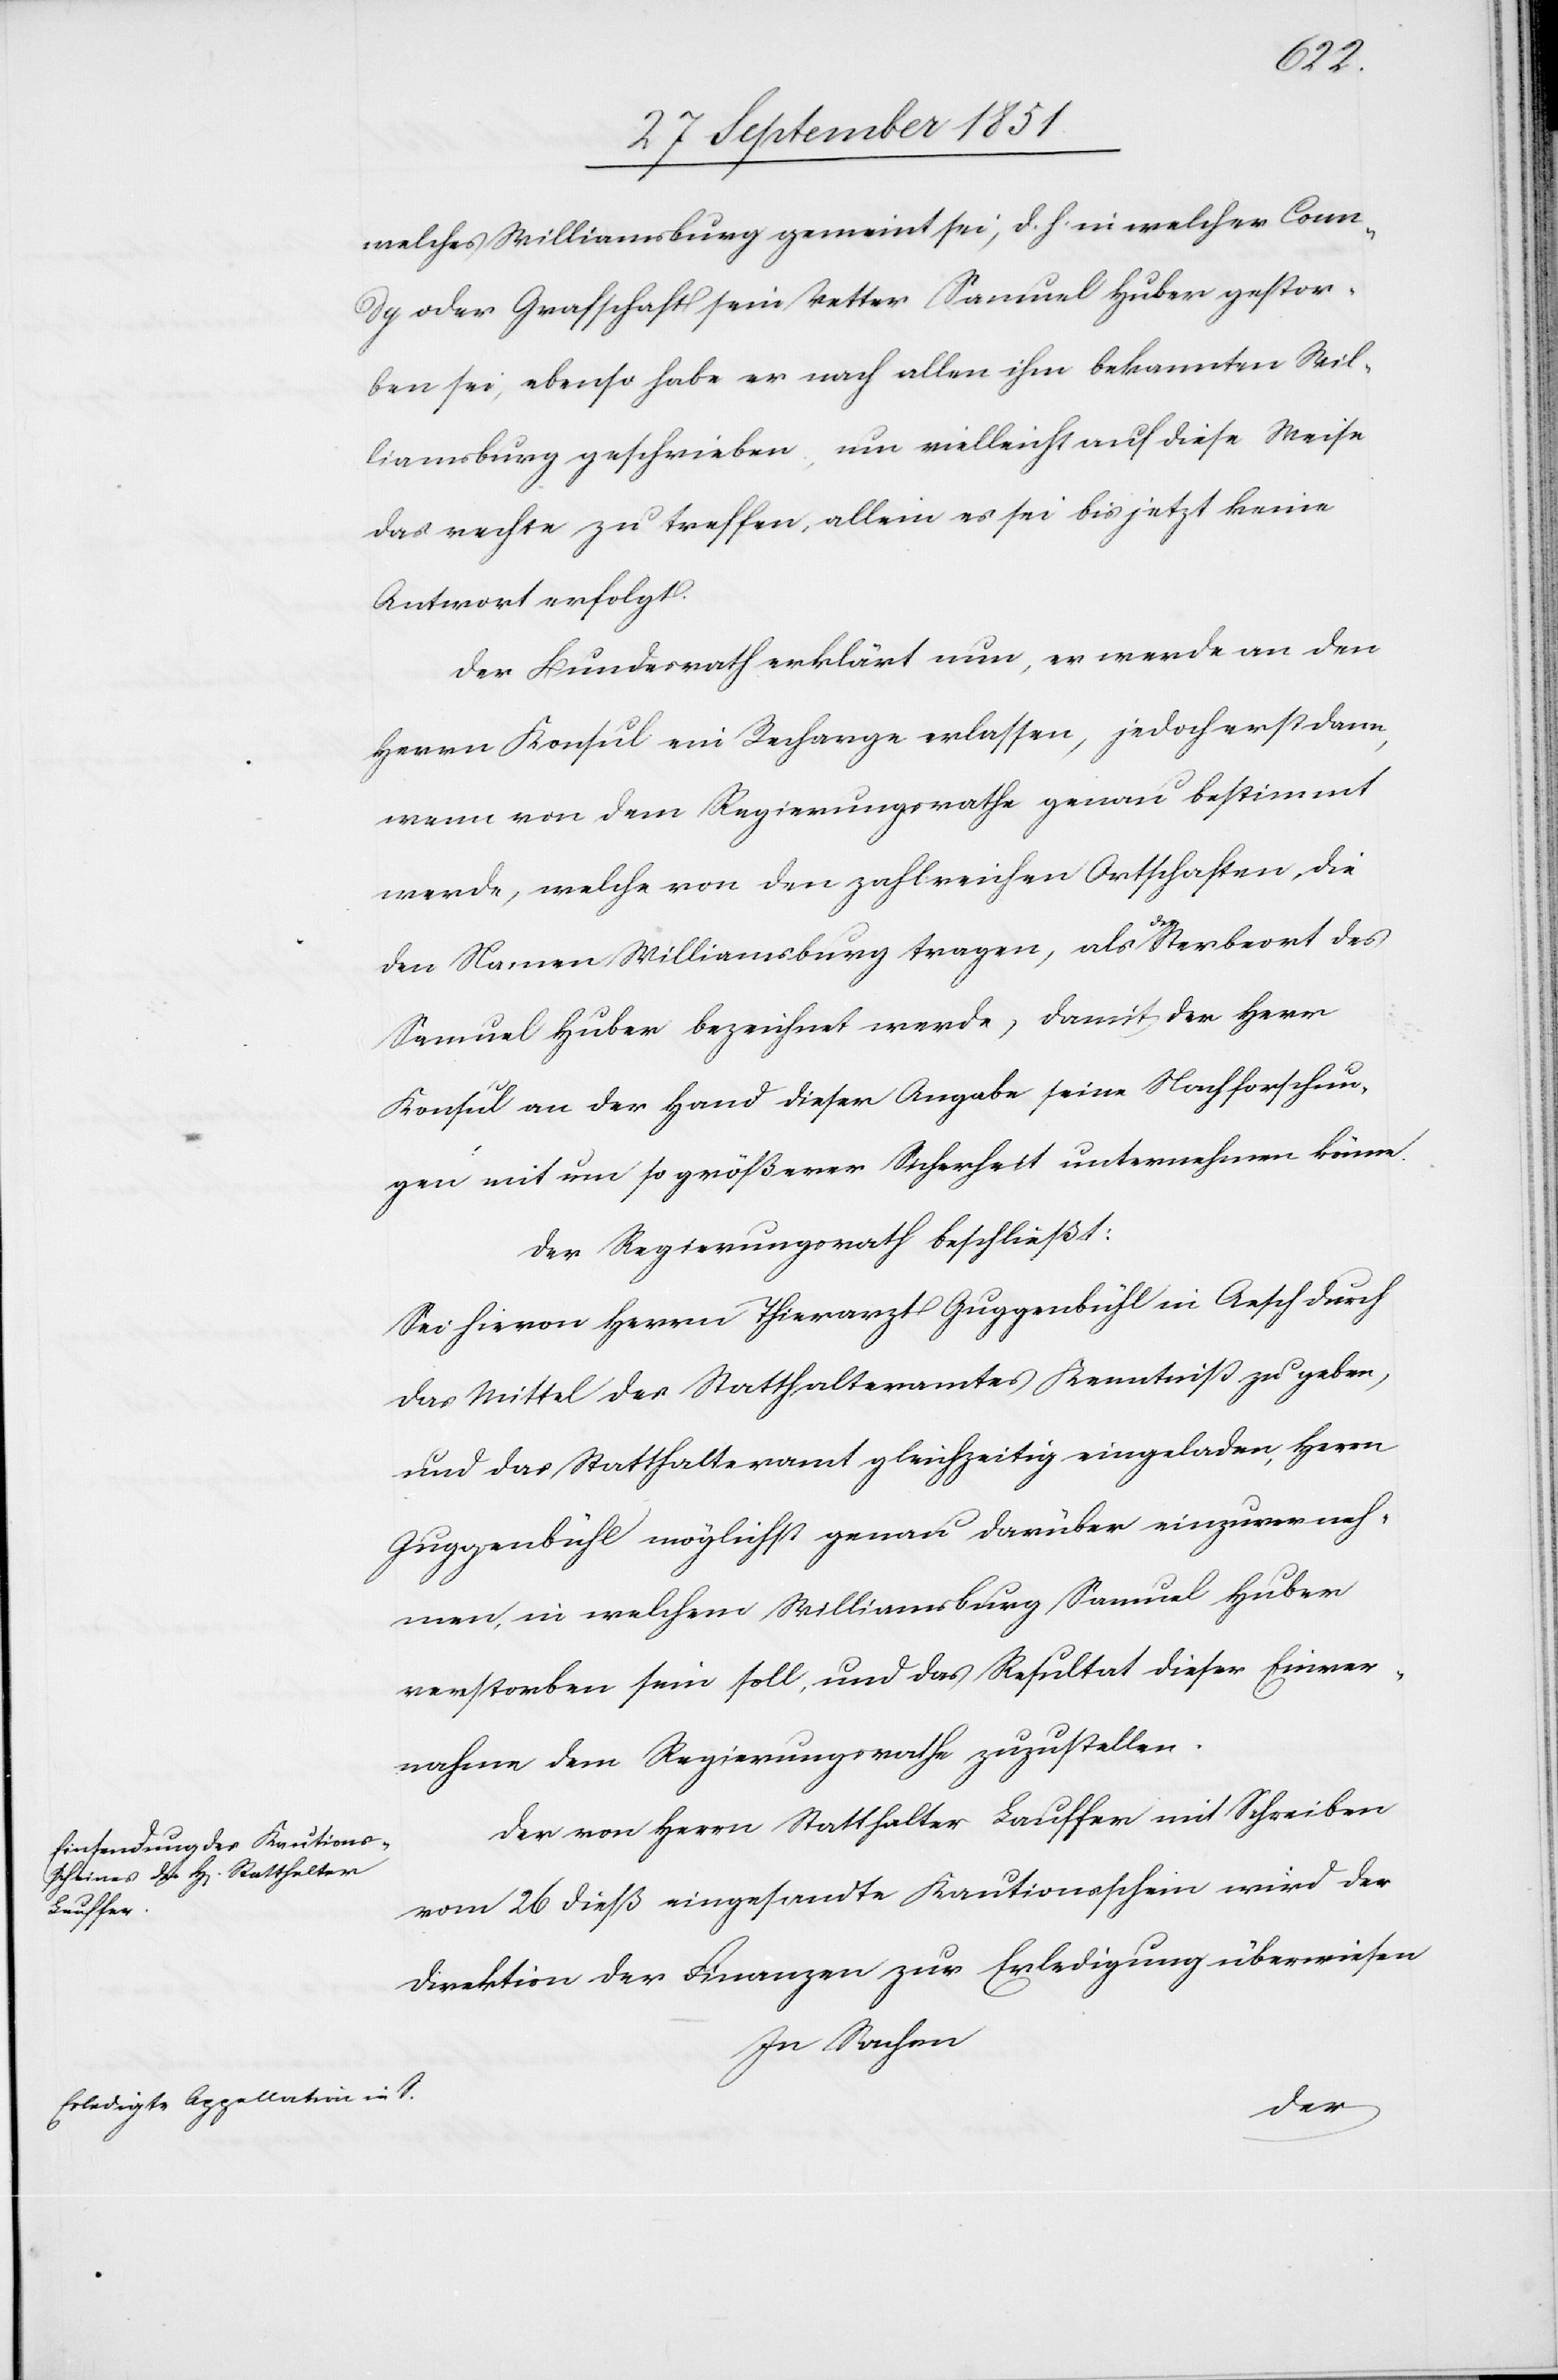
welches Williamsburg gemeint sei, d. h. in welcher Coun¬
dy oder Grafschaft sein Vetter Samuel Huber gestor¬
ben sei, ebenso habe er nach allen ihm bekannten Wil¬
liamsburg geschrieben, um vielleicht auf diese Weise
das rechte zu treffen, allein es sei bis jetzt keine
Antwort erfolgt.
Der Bundesrath erklärt nun, er werde an den
Herrn Konsul ein Recharge erlassen, jedoch erst dann,
wenn von dem Regierungsrathe genau bestimmt
werde, welche von den zahlreichen Ortschaften, die
den Namen Williamsburg tragen, als der Sterbeort des
Samuel Huber bezeichnet werde, damit der Herr
Konsul an der Hand dieser Angabe seine Nachforschun¬
gen mit um so größerer Sicherheit unternehmen könne.
Der Regierungsrath beschließt:
Sei hievon Herrn Thierarzt Guggenbühl in Aesch durch
das Mittel des Statthalteramtes Kenntniß zu geben,
und das Statthalteramt gleichzeitig eingeladen, Herrn
Guggenbühl möglichst genau darüber einzuverneh¬
men, in welchem Williamsburg Samuel Huber
verstorben sein soll, und das Resultat dieser Einver¬
nahme dem Regierungsrathe zuzustellen.
Der von Herrn Statthalter Lauffer mit Schreiben
vom 26 dieß eingesandte Kautionsschein wird der
Direktion der Finanzen zur Erledigung überwiesen.
In Sachen